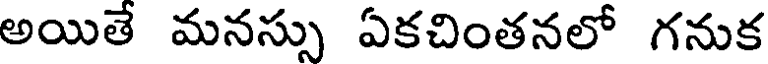
అయితే మనస్సు ఏకచింతనలో గనుక